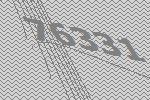
76331